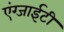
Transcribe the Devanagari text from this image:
एंग्जाईटी